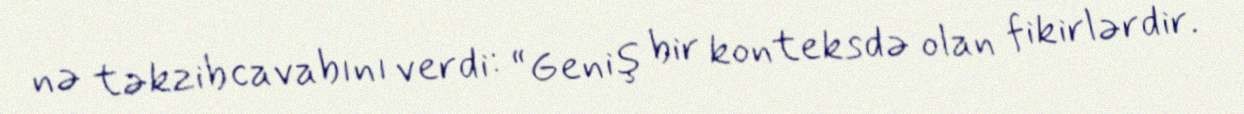
nə təkzib cavabını verdi: “Geniş bir konteksdə olan fikirlərdir.